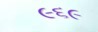
૯૬૯